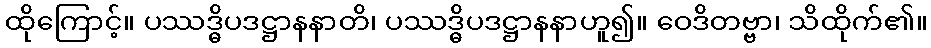
ထိုကြောင့်။ ပဿဒ္ဓိပဒဋ္ဌာနနာတိ၊ ပဿဒ္ဓိပဒဋ္ဌာနနာဟူ၍။ ဝေဒိတဗ္ဗာ၊ သိထိုက်၏။